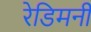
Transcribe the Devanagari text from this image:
रेडिमनी